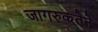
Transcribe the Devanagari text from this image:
जागरुकतेने